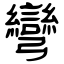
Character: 彎